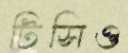
টিসিও